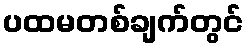
ပထမတစ်ချက်တွင်